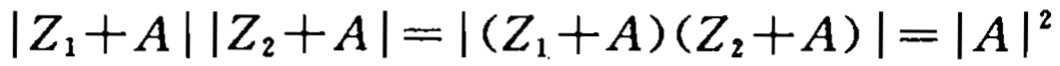
\(|Z_{1}+A||Z_{2}+A| = |(Z_{1}+A)(Z_{2}+A)| = |A|^{2}\)